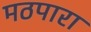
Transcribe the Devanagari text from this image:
मठपारा